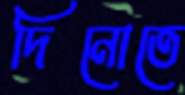
দিনোতে